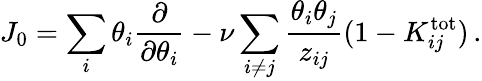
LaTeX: J_{0}=\sum_{i}\theta_{i}{\frac{\partial}{\partial\theta_{i}}}-\nu\sum_{i\ne j}{\frac{\theta_{i}\theta_{j}}{z_{ij}}}(1-K_{ij}^{\mathrm{tot}})\, .